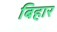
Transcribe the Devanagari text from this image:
बिहार